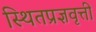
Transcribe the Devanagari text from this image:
स्थितप्रज्ञवृत्ती